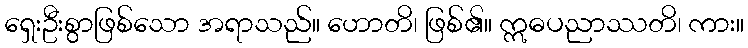
ရှေးဦးစွာဖြစ်သော အရာသည်။ ဟောတိ၊ ဖြစ်၏။ ဣဓပညာဿတိ၊ ကား။